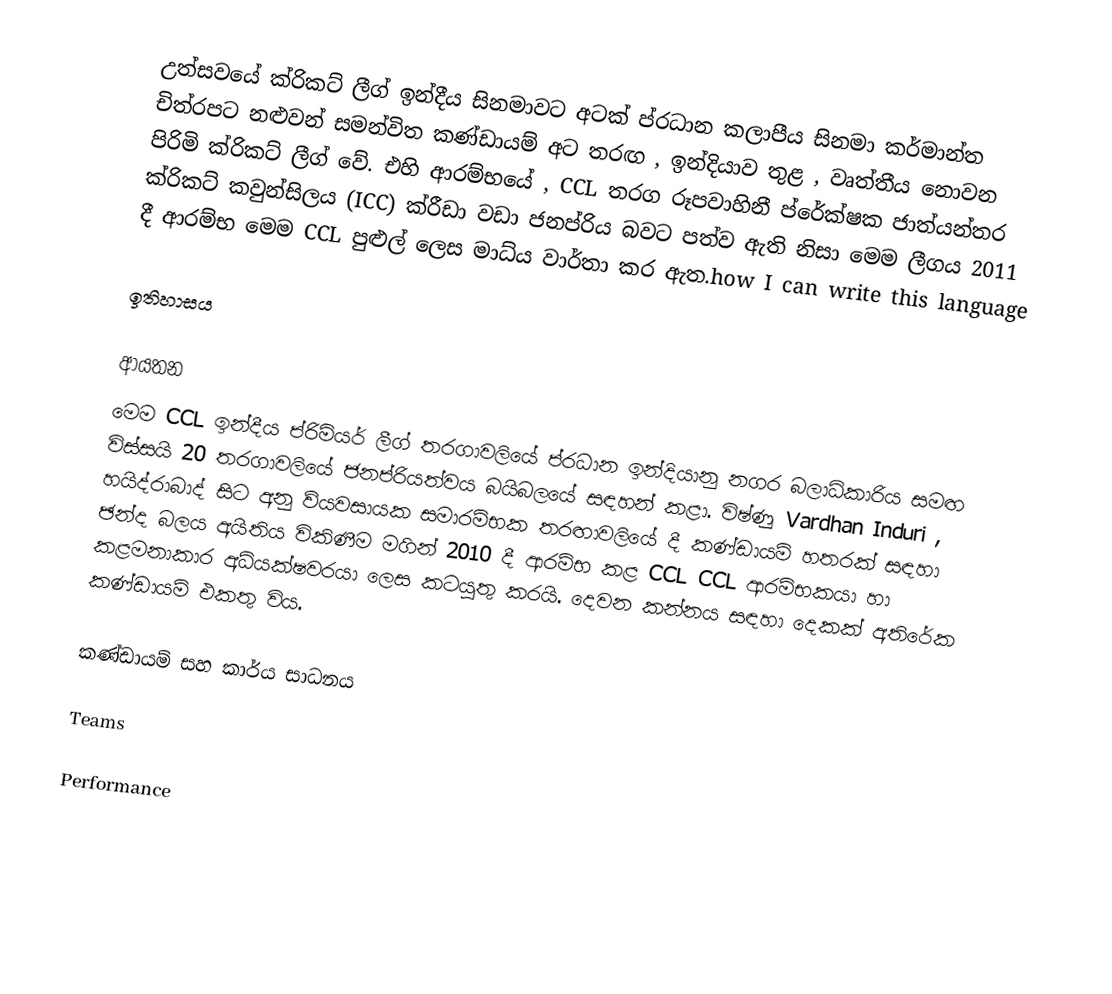
උත්සවයේ ක්රිකට් ලීග් ඉන්දීය සිනමාවට අටක් ප්රධාන කලාපීය සිනමා කර්මාන්ත චිත්රපට නළුවන් සමන්විත කණ්ඩායම් අට තරඟ , ඉන්දියාව තුළ , වෘත්තීය නොවන පිරිමි ක්රිකට් ලීග් වේ. එහි ආරම්භයේ , CCL තරග රූපවාහිනී ප්රේක්ෂක ජාත්යන්තර ක්රිකට් කවුන්සිලය (ICC) ක්රීඩා වඩා ජනප්රිය බවට පත්ව ඇති නිසා මෙම ලීගය 2011 දී ආරම්භ මෙම CCL පුළුල් ලෙස මාධ්ය වාර්තා කර ඇත.how I can write this language

ඉතිහාසය

ආයතන
මෙම CCL ඉන්දීය ප්රිමියර් ලීග් තරගාවලියේ ප්රධාන ඉන්දියානු නගර බලාධිකාරිය සමඟ විස්සයි 20 තරගාවලියේ ජනප්රියත්වය බයිබලයේ සඳහන් කළා. විෂ්ණු Vardhan Induri , හයිද්රාබාද් සිට අනු ව්යවසායක සමාරම්භක තරඟාවලියේ දී කණ්ඩායම් හතරක් සඳහා ඡන්ද බලය අයිතිය විකිණීම මගින් 2010 දී ආරම්භ කළ CCL CCL ආරම්භකයා හා කළමනාකාර අධ්යක්ෂවරයා ලෙස කටයුතු කරයි. දෙවන කන්නය සඳහා දෙකක් අතිරේක කණ්ඩායම් එකතු විය.

කණ්ඩායම් සහ කාර්ය සාධනය

Teams

Performance